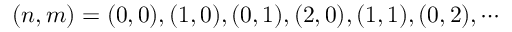
( n , m ) = ( 0 , 0 ) , ( 1 , 0 ) , ( 0 , 1 ) , ( 2 , 0 ) , ( 1 , 1 ) , ( 0 , 2 ) , \cdots